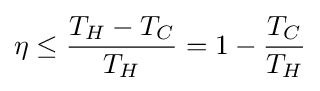
\eta \leq {\frac {T_{H}-T_{C}}{T_{H}}}=1-{\frac {T_{C}}{T_{H}}}